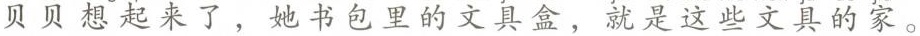
贝贝想起来了，她书包里的文具盒，就是这些文具的家。